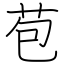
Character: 苞